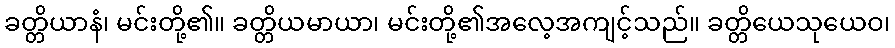
ခတ္တိယာနံ၊ မင်းတို့၏။ ခတ္တိယမာယာ၊ မင်းတို့၏အလေ့အကျင့်သည်။ ခတ္တိယေသုယေဝ၊